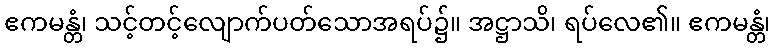
ဧကမန္တံ၊ သင့်တင့်လျောက်ပတ်သောအရပ်၌။ အဋ္ဌာသိ၊ ရပ်လေ၏။ ဧကမန္တံ၊